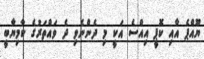
ޔޫއްޕެ އާއި ކޮޕީ އިއްސެ އަކީ މި ދެންނެވި ދެ ވައްތަރުގެ ކާމިޔާބީ